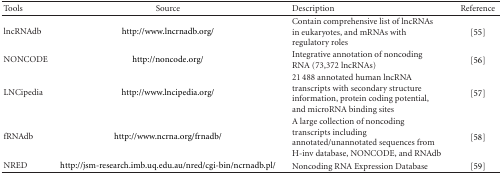
<table><thead><tr><td><b>Tools</b></td><td><b>Source</b></td><td><b>Description</b></td><td><b>Reference</b></td></tr></thead><tbody><tr><td>lncRNAdb</td><td>http://www.lncrnadb.org/</td><td>Contain comprehensive list of lncRNAs in eukaryotes, and mRNAs with regulatory roles</td><td>[55]</td></tr><tr><td>NONCODE</td><td>http://noncode.org/</td><td>Integrative annotation of noncoding RNA (73,372 lncRNAs)</td><td>[56]</td></tr><tr><td>LNCipedia</td><td>http://www.lncipedia.org/</td><td>21 488 annotated human lncRNA transcripts with secondary structure information, protein coding potential, and microRNA binding sites</td><td>[57]</td></tr><tr><td>fRNAdb</td><td>http://www.ncrna.org/frnadb/</td><td>A large collection of noncoding transcripts including annotated/unannotated sequences from H-inv database, NONCODE, and RNAdb</td><td>[58]</td></tr><tr><td>NRED</td><td>http://jsm-research.imb.uq.edu.au/nred/cgi-bin/ncrnadb.pl/</td><td>Noncoding RNA Expression Database</td><td>[59]</td></tr></tbody></table>